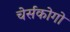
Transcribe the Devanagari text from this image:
चेर्सकोगो